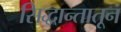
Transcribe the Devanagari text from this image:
सिद्धान्तातून